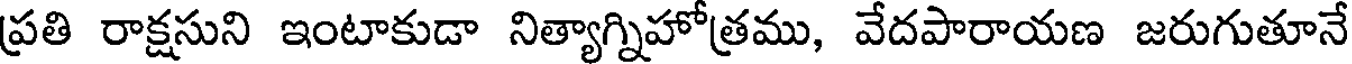
ప్రతి రాక్షసుని ఇంటాకుడా నిత్యాగ్నిహోత్రము, వేదపారాయణ జరుగుతూనే